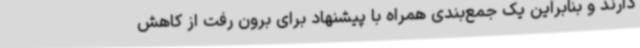
دارند و بنابراین یک جمع‌بندی همراه با پیشنهاد برای برون رفت از کاهش